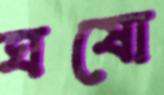
ঘষো